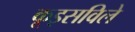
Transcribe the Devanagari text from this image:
कूइसविले